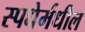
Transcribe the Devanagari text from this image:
स्पधेर्मधील